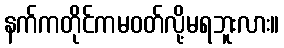
နက်ကတိုင်ကမဝတ်လို့မရဘူးလား။